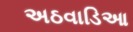
અઠવાડિઆ